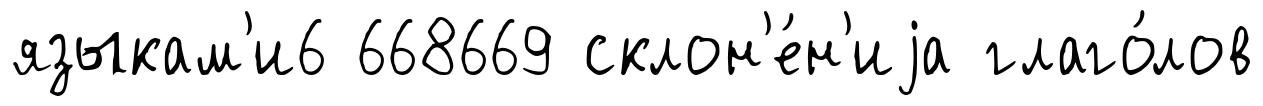
языкам'и6 668669 склон'е́н'иjа глаго́лов